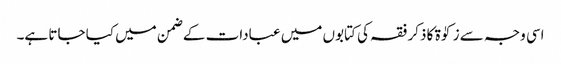
اسی وجہ سے زکوٰۃ کا ذکر فقہ کی کتابوں میں عبادات کے ضمن میں کیا جاتا ہے۔